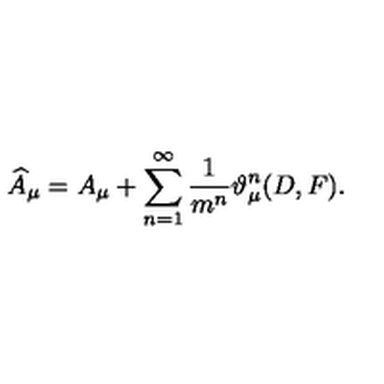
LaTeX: \widehat { A } _ { \mu } = A _ { \mu } + \sum _ { n = 1 } ^ { \infty } \frac 1 { m ^ { n } } \vartheta _ { \mu } ^ { n } ( D , F ) .